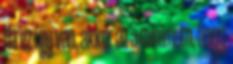
Ha ez í­gy van, akkor az a minimum, hogy